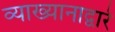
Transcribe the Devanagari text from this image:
व्याख्यानाद्वारे